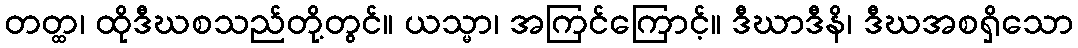
တတ္ထ၊ ထိုဒီဃစသည်တို့တွင်။ ယသ္မာ၊ အကြင်ကြောင့်။ ဒီဃာဒီနိ၊ ဒီဃအစရှိသော